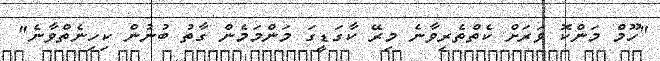
"ހޫމް މަންކޮ ވަރަށް ކެތްތެރިވާނެ މިރޭ ކާގަޑީގަ މަންމަމެން ގާތު ބުނުން ކިހިނެތްވާނެ"